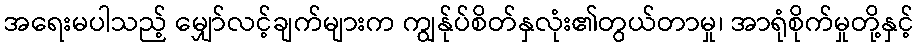
အရေးမပါသည့် မျှော်လင့်ချက်များက ကျွန်ုပ်စိတ်နှလုံး၏တွယ်တာမှု၊ အာရုံစိုက်မှုတို့နှင့်